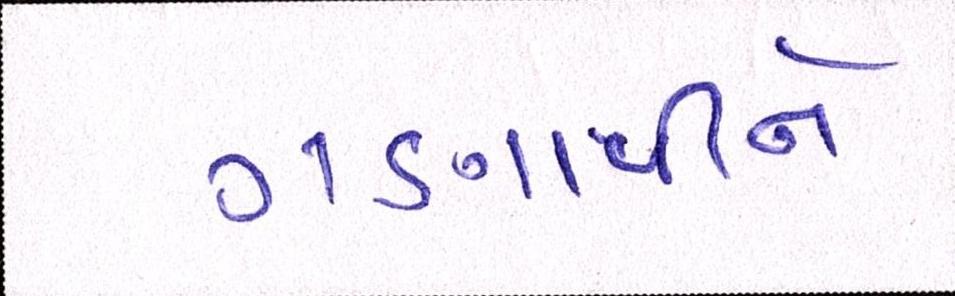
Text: ગણાવીને